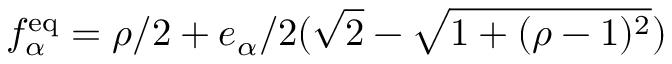
f _ { \alpha } ^ { \mathrm { e q } } = \rho / 2 + e _ { \alpha } / 2 ( \sqrt { 2 } - \sqrt { 1 + ( \rho - 1 ) ^ { 2 } } )